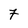
Character: 7